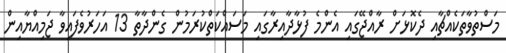
މަސްތުވާތަކެއްޗާއި ދެކޮޅަށް ރާއްޖޭގައި އެންމެ ފުޅާދާއިރާގައި މަސައްކަތްކުރަމުން ގެންދާތާ 13 އަހަރުވެފައިވާ ޖަމިއްޔާއިން